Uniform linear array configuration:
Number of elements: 24
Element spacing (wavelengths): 1
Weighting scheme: exponential
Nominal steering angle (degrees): -45
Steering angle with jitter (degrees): -44.016
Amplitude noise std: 0.05
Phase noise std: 0.05

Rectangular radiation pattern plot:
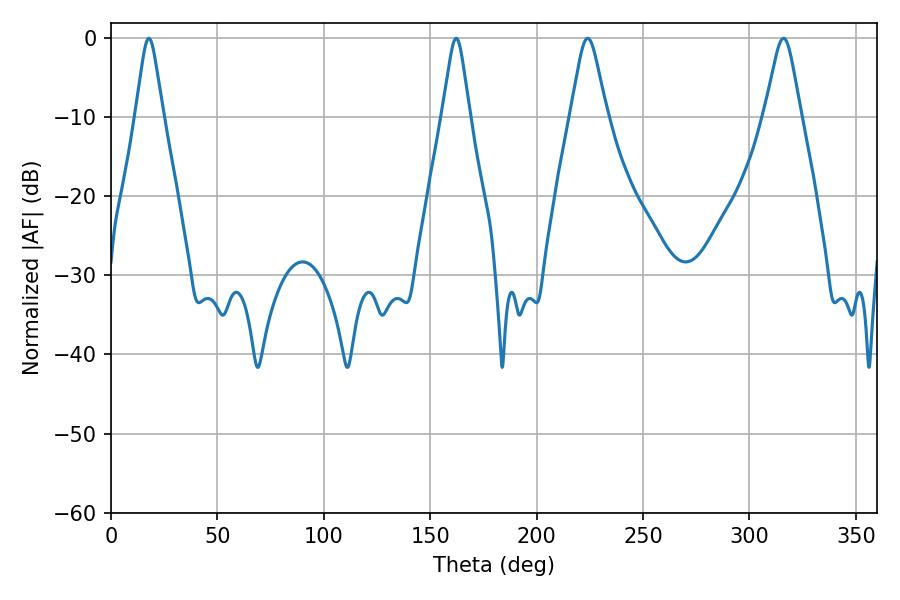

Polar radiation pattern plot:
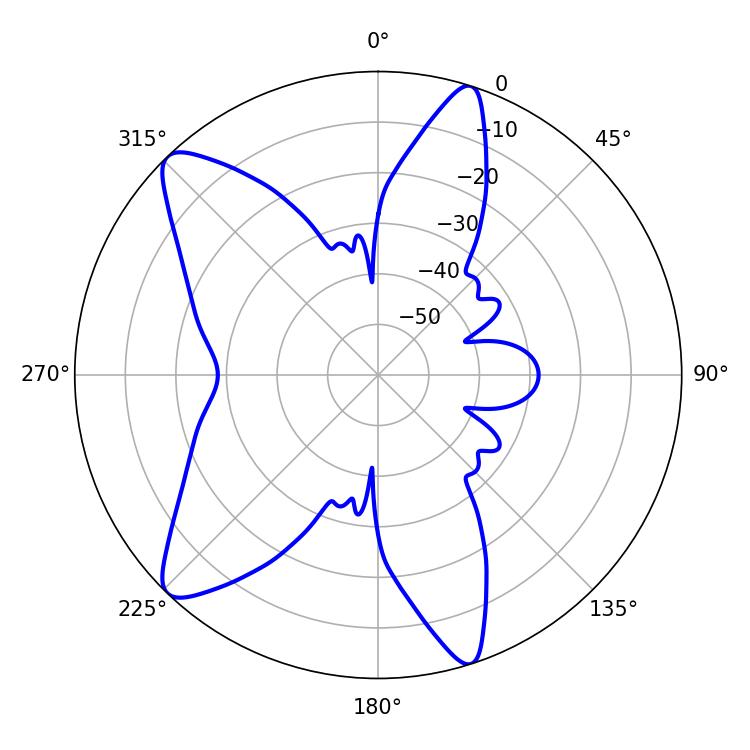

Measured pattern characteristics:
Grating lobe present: TRUE
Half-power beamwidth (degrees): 6.12
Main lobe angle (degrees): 17.82